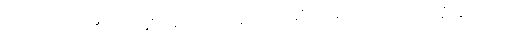
တေသုကေသာဒီသု၊ ထိုဆံအစရှိသည်တို့၌။ ဝါ၊ ထိုဆံအစရှိသည်တို့သည်။ ပဋိကူလတော၊